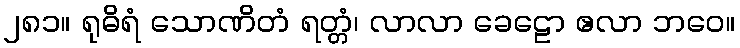
၂၈၁။ ရုဓိရံ သောဏိတံ ရတ္တံ၊ လာလာ ခေဠော ဧလာ ဘဝေ။